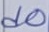
Text: d0